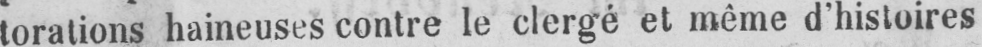
torations haineuses contre le clergé et même d’histoires